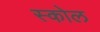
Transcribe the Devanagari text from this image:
स्कोल